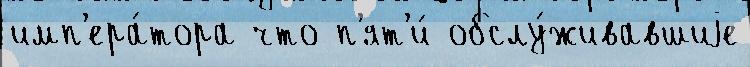
имп'ера́тора что п'ят'и́ обслу́живавшиjе